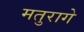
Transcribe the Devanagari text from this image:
मतुरागे